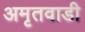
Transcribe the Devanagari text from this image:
अमृतवाडी